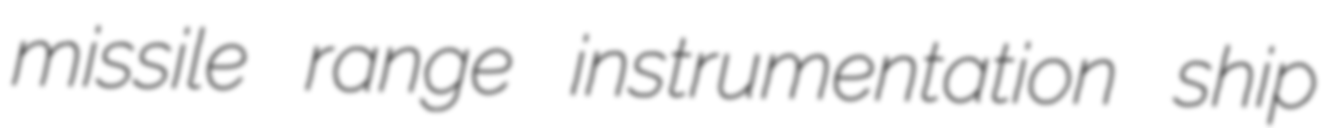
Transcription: missile range instrumentation ship